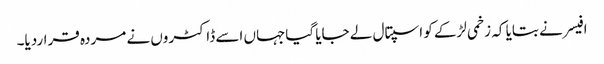
افیسر نے بتایا کہ زخمی لڑکے کو اسپتال لے جایا گیاجہاں اسے ڈاکٹروں نے مردہ قراردیا۔